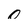
Character: 0